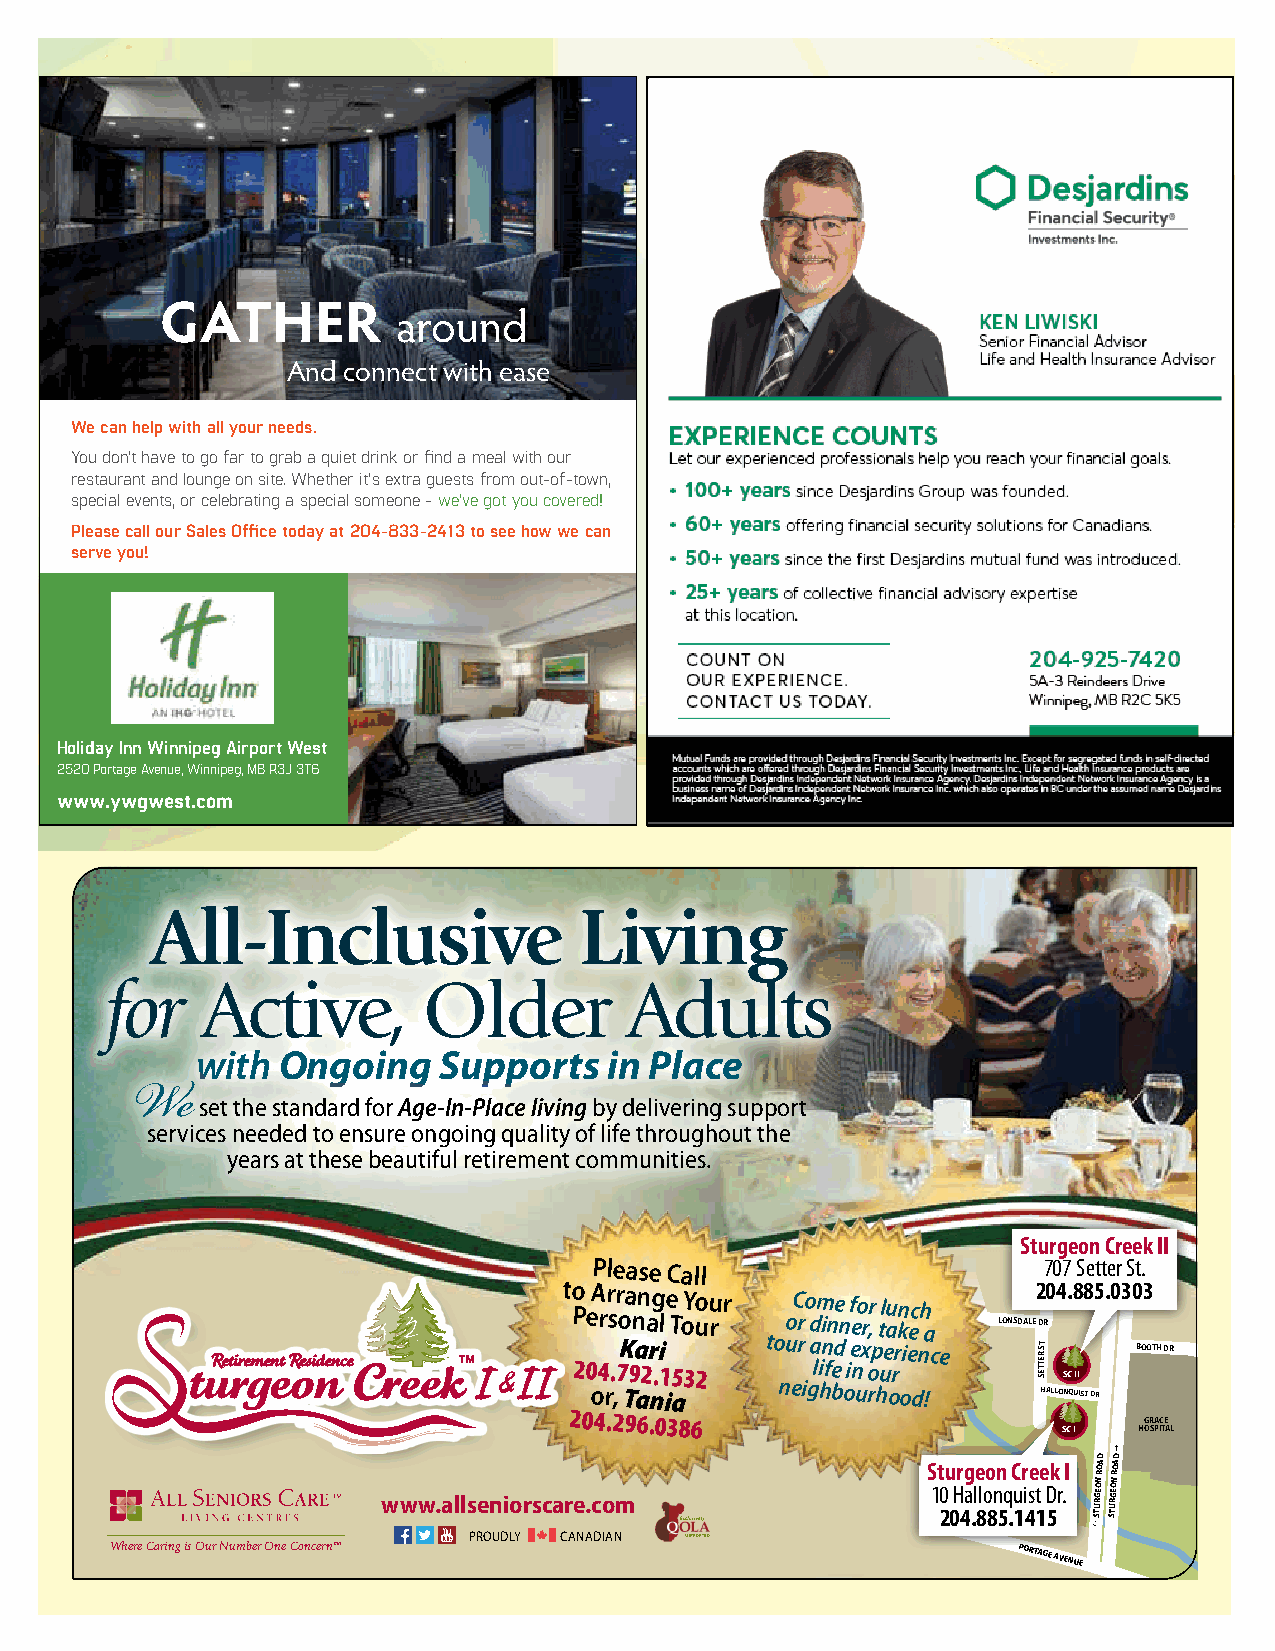
GATHER
 around
 And connect with ease
 We can help with all your needs.
 You don’t have to go far to grab a quiet drink or find a meal with our
 restaurant and lounge on site. Whether it’s extra guests from out-of-town,
 special events, or celebrating a special someone - we’ve got you covered!
 Please call our Sales Office today at 204-833-2413 to see how we can
 serve you!
 Holiday Inn Winnipeg Airport West
 2520 Portage Avenue, Winnipeg, MB R3J 3T6
 www.ywgwest.com
 All-Inclusive               Living
 for   Active,        Older        Adults
 with Ongoing    Supports   in Place
 set the standard for Age-In-Place living by delivering support
 Wserveices needed to ensure ongoing quality of life throughout the
 years at these beautiful retirement communities.
 Sturgeon Creek II
 Please Call                   707 Setter St.
 to Pe A rr sr oa nn ag le
 T
 oYo uu
 r
 r   oC ro dm ine
 n
 f eo rr
 ,
 tl au kn ec h
 a
 LONSDALE2 DR0 C4 AR. O8 N 8 AVE5.0303
 20 o4 r. ,7
 K T9a a2r n.i
 1
 i
 5 a3 2
 to nu er
 i
 ga
 li
 hn
 fe
 bd
 oi
 e
 n
 ux
 o
 rp hue orr oie dn !ce SETTER ST
 HALLONS QC UII
 IST DR
 BOOTH DR
 204.296.0386
 SC I
 HOGR SPA IC TE
 A L
 www.allseniorscare.com
 S 1t 20u 0Hr 4g
 a
 .le 8loo 8nn
 5q
 .C
 u
 1r
 i
 4se
 t
 1e
 D
 5k
 r
 .I
 STURGEON
 ROAD
 STURGEON
 ROAD
 BOOTH
 DR
 PROUDLY CANADIAN
 Where Caring is Our Number One Concern™                     PORTAGE
 AVENUE